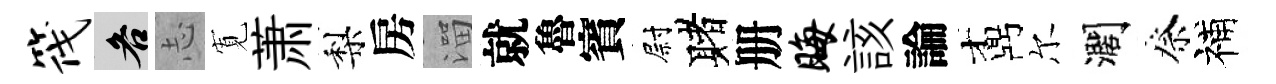
筏各𢖽𡩖萧梨房溜就魯賓尉赌册晦該論鼒尔濶祭補